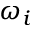
\omega _ { i }